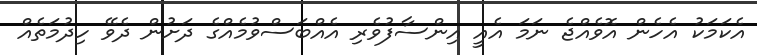
އެކަމަކު އެހެން އޮވެއްޖެ ނަމަ އެއީ އިންސާފުވެރި އެއްބަސްވުމެއްގެ ދަށުން ދެވޭ ހިދުމަތެއް